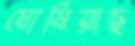
ঘোষিয়াছ